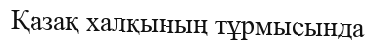
Қазақ халқының тұрмысында